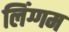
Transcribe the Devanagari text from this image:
लिंग्गम